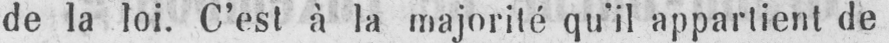
de la loi. C’est à la majorité qu’il appartient de